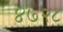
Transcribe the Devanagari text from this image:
४७२८